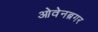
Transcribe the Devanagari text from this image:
ओवेनब्रगर